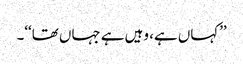
’’کہاں ہے، وہیں ہے جہاں تھا‘‘۔